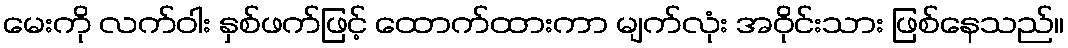
မေးကို လက်ဝါး နှစ်ဖက်ဖြင့် ထောက်ထားကာ မျက်လုံး အဝိုင်းသား ဖြစ်နေသည်။